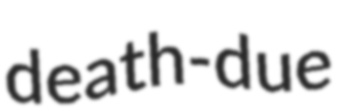
death-due